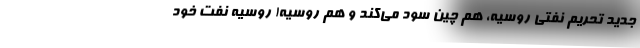
جدید تحریم نفتی روسیه، هم چین سود می‌كند و هم روسیه! روسیه نفت خود